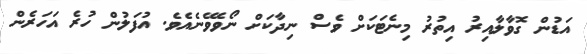
އަޑުން ގޮވާލާއިރު އިތުރު މިނެޓަކަށް ވެސް ނިދާކަށް ނޯވެވޭނެއެވެ. އުފަލުން ހުރެ އަހަރެން